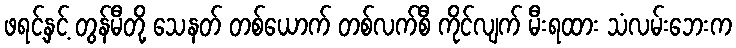
ဖရင့်နှင့် တွန်မီတို့ သေနတ် တစ်ယောက် တစ်လက်စီ ကိုင်လျက် မီးရထား သံလမ်းဘေးက